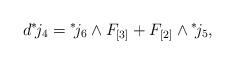
LaTeX: \begin{align*}d {}^* \! j_4 = {}^*\! j_6 \wedge F_{[3]} + F_{[2]} \wedge {}^*\! j_5,\end{align*}